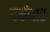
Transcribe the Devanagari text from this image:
कईबार